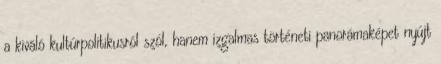
a kiváló kultúrpolitikusról szól, hanem izgalmas történeti panorámaképet nyújt